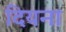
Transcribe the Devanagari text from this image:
दियना